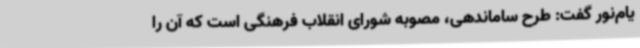
یام‌نور گفت: طرح ساماندهی، مصوبه شورای انقلاب فرهنگی است که آن را